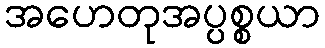
အဟေတုအပ္ပစ္စယာ